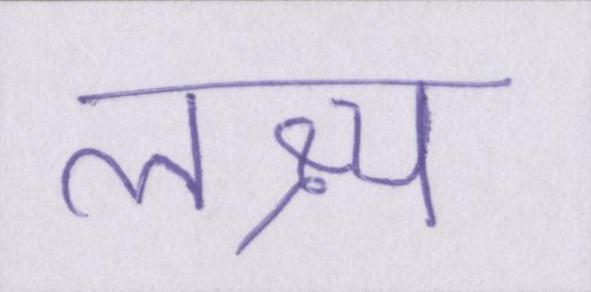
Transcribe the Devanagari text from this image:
लक्ष्य